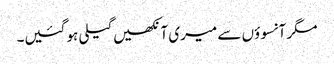
مگر آنسوؤں سے میری آنکھیں گیلی ہو گئیں۔